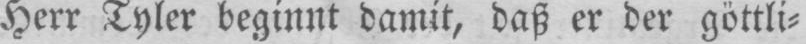
Herr Tyler beginnt damit, daß er der göttli⸗